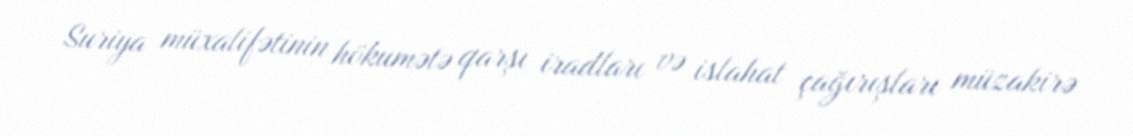
Suriya müxalifətinin hökumətə qarşı iradları və islahat çağırışları müzakirə